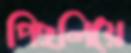
পিছলিয়ে